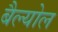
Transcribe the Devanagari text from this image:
बैल्योल